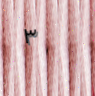
٣